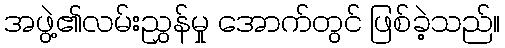
အဖွဲ့၏လမ်းညွှန်မှု အောက်တွင် ဖြစ်ခဲ့သည်။